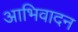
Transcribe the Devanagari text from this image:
आभिवादन